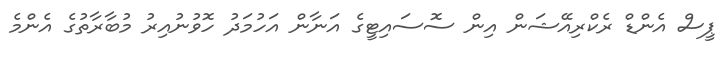
ޕީސް އެންޑް ރެކްރިއޭޝަން އިން ސޮސައިޓީގެ އަނާން އަހުމަދު ހޮވުނުއިރު މުބާރާތުގެ އެންމެ